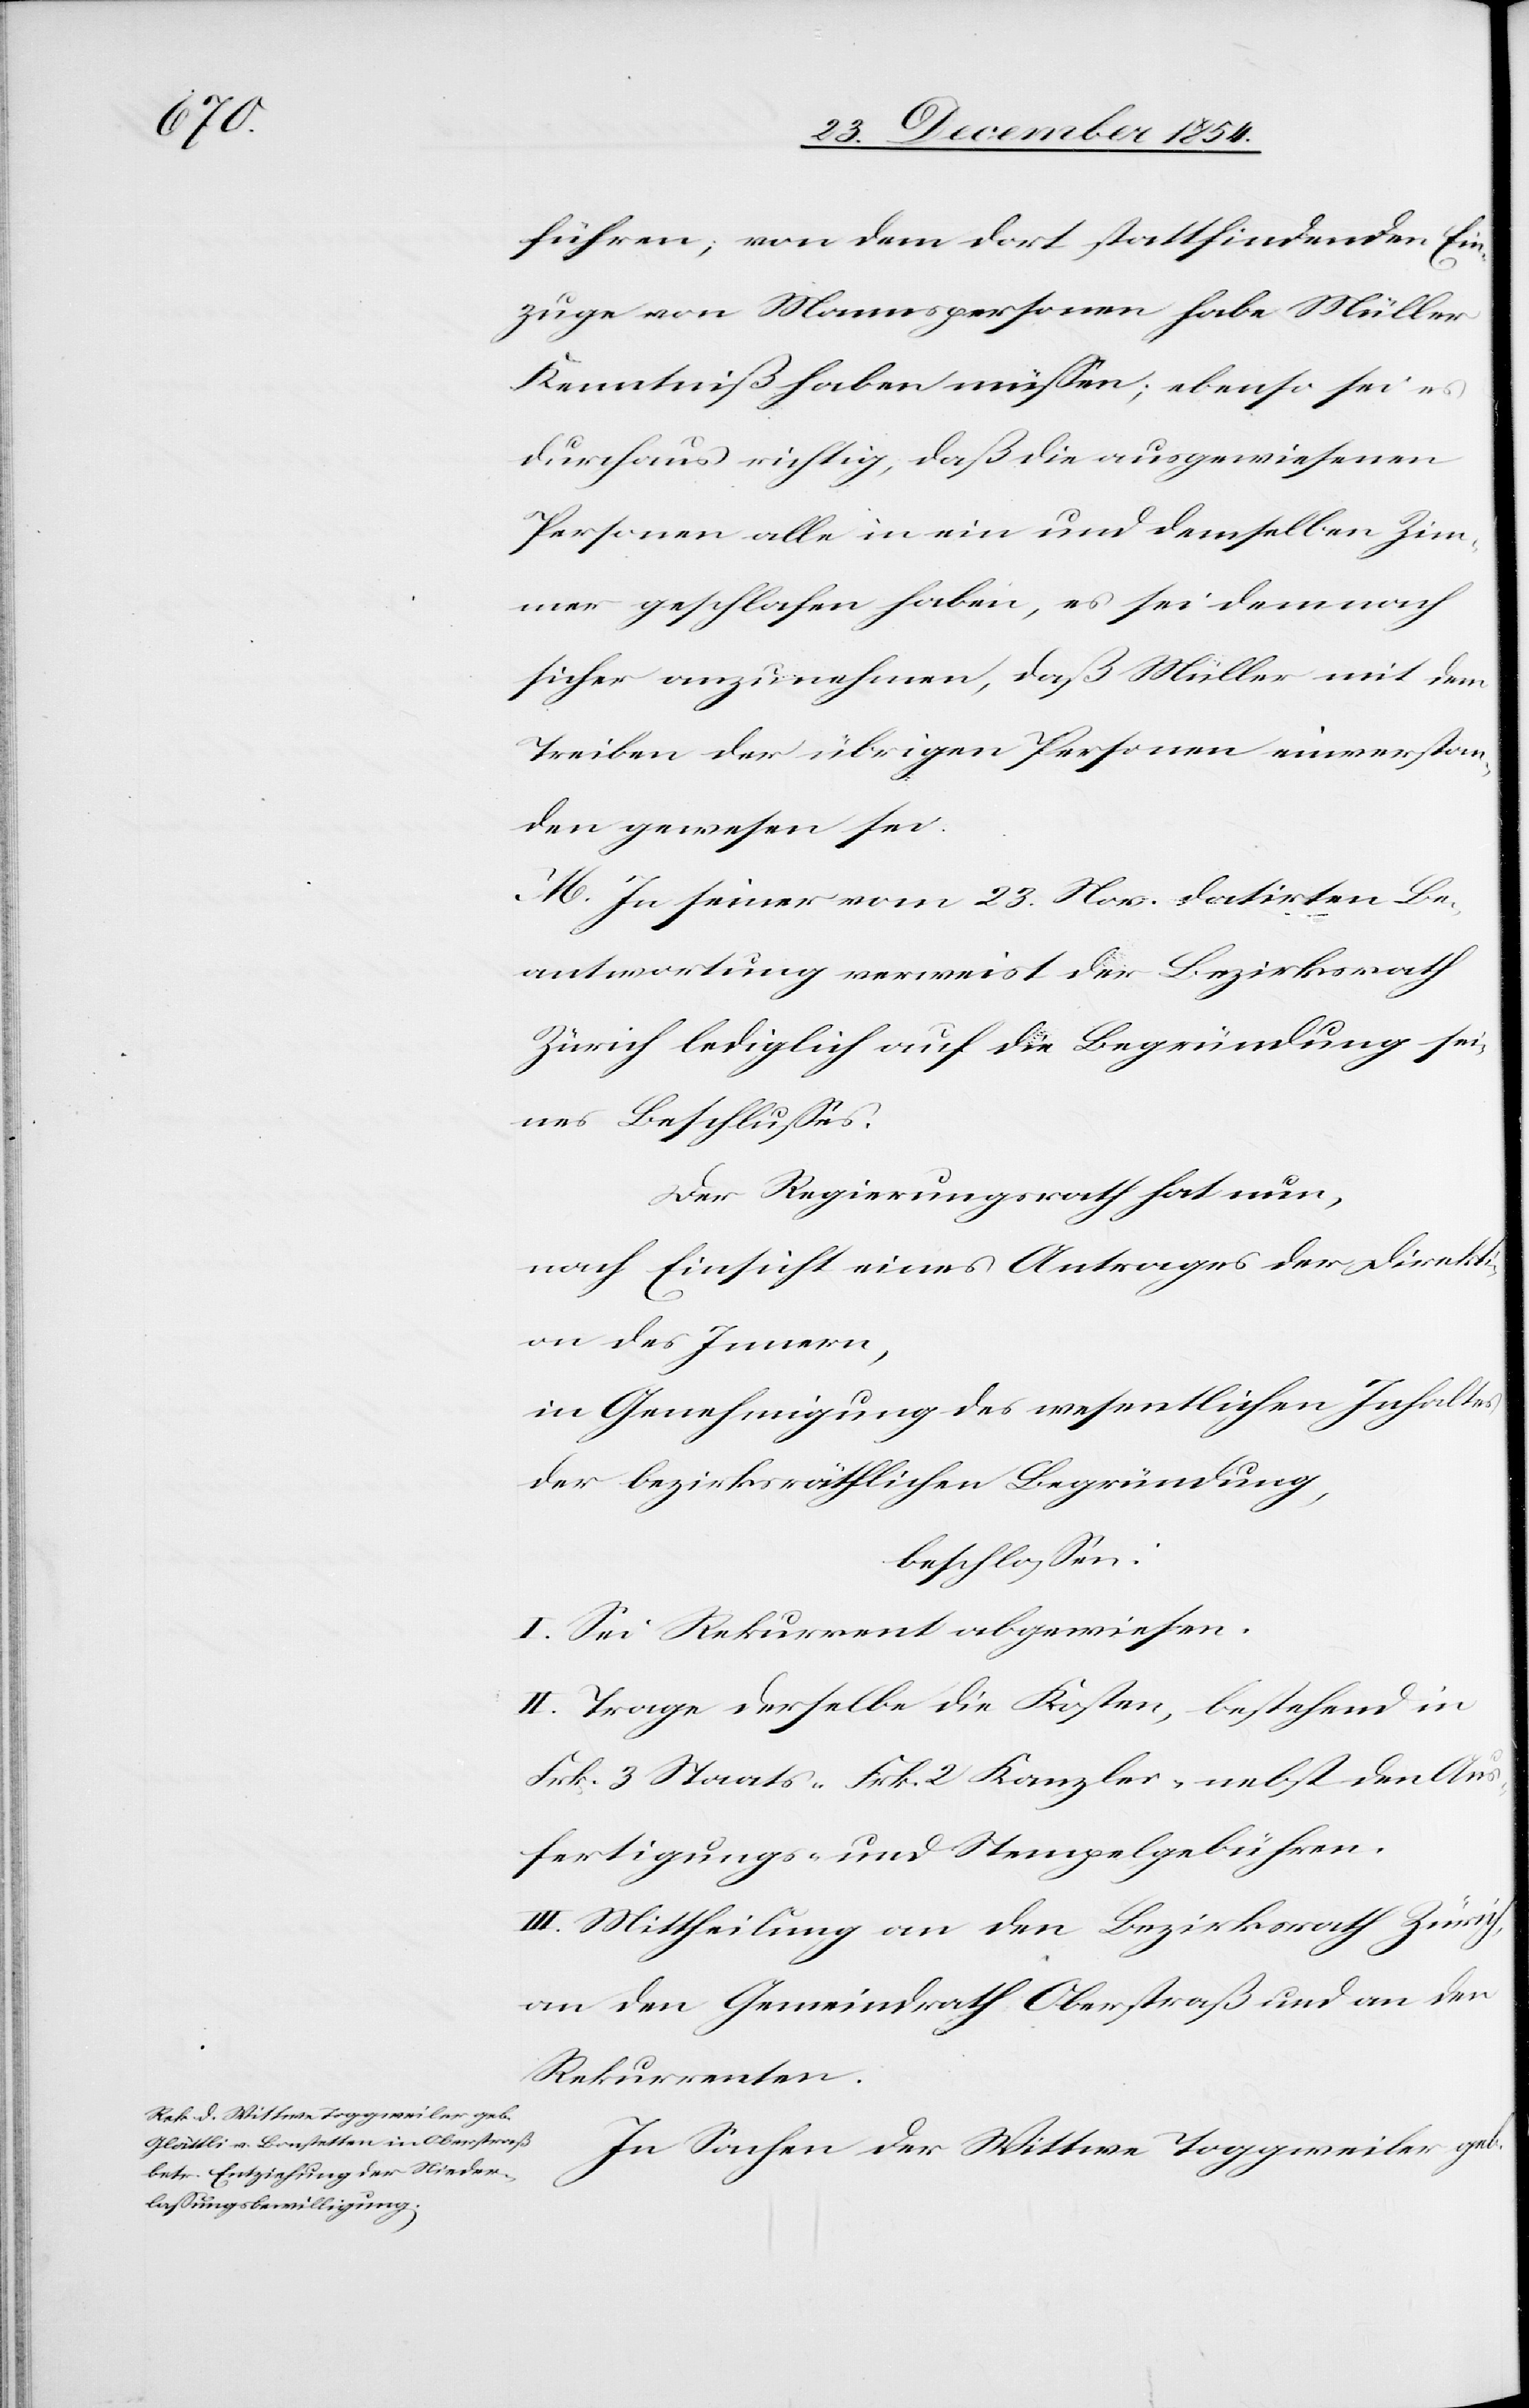
führen; von dem dort stattfindenden Ein¬
zuge von Mannspersonen habe Müller
Kenntniß haben müßen; ebenso sei es
durchaus richtig, daß die ausgewiesenen
Personen all in ein und demselben Zim¬
mer geschlafen haben, es sei demnach
sicher anzunehmen, daß Müller mit dem
Treiben der übrigen Personen einverstan¬
den gewesen sei.
M. In seiner vom 23. Nov. datirten Be¬
antwortung verweist der Bezirksrath
Zürich lediglich auf die Begründung sei¬
nes Beschlußes.
Der Regierungsrath hat nun,
nach Einsicht eines Antrages der Direkti¬
on des Innern,
in Genehmigung des wesentlichen Inhaltes
der bezirksräthlichen Begründung,
beschloßen:
I. Sei Rekurrent abgewiesen.
II. Trage derselbe die Kosten, bestehend in
Frk. 3 Staats-[,] Frk. 2 Kanzlei-[,] nebst den Aus¬
fertigungs- und Stempelgebühren.
III. Mittheilung an den Bezirksrath Zürich,
an den Gemeindrath Oberstraß und an den
Rekurrenten.
In Sachen der Wittwe Toggweiler geb.